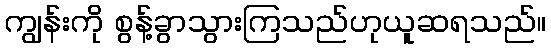
ကျွန်းကို စွန့်ခွာသွားကြသည်ဟုယူဆရသည်။